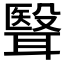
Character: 𮋺